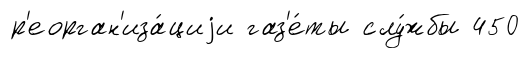
р'еорган'иза́циjи газ'е́ты слу́жбы 450